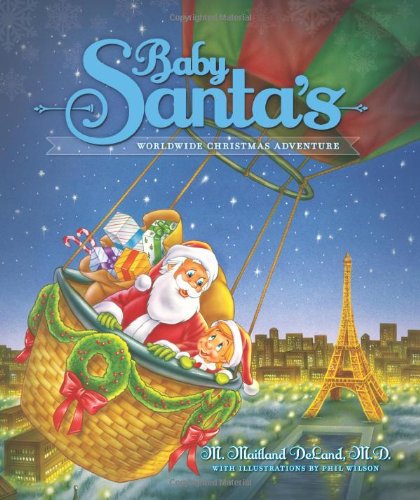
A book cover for Baby Santa's Worldwide Christmas Adventure; M. Maitland DeLand; Children's Books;